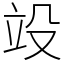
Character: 竐